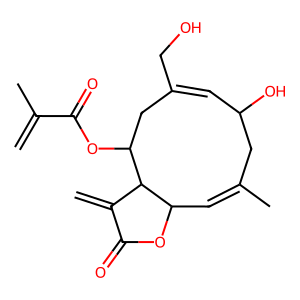
SMILES: C=C(C)C(=O)OC1CC(CO)=CC(O)CC(C)=CC2OC(=O)C(=C)C21
Inhibits HIV replication: No